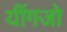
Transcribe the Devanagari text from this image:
यींगजो